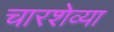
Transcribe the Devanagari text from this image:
चारशेव्या